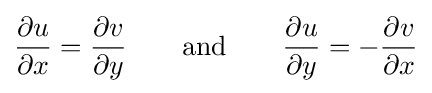
{\frac {\partial u}{\partial x}}={\frac {\partial v}{\partial y}}\qquad {\mbox{and}}\qquad {\frac {\partial u}{\partial y}}=-{\frac {\partial v}{\partial x}}